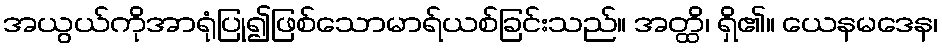
အယွယ်ကိုအာရုံပြု၍ဖြစ်သောမာရ်ယစ်ခြင်းသည်။ အတ္ထိ၊ ရှိ၏။ ယေနမဒေန၊